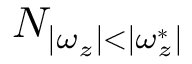
N _ { | \omega _ { z } | < | \omega _ { z } ^ { * } | }